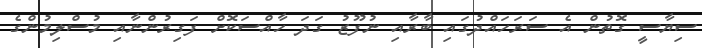
ސިޔާސީ ގޮތުން އެ ސަރަހައްދުގައި ބާރާއި ނުފޫޒު ގަދަ ހާއްސަކޮށް ފަގިރުންނާއި މުސްލިމުންގެ